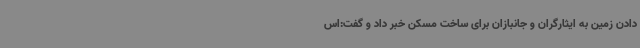
دادن زمین به ایثارگران و جانبازان برای ساخت مسکن خبر داد و گفت:اس